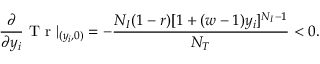
\frac { \partial } { \partial y _ { i } } \mathrm { ~ T ~ r ~ } | _ { ( y _ { i } , 0 ) } = - \frac { N _ { I } ( 1 - r ) [ 1 + ( w - 1 ) y _ { i } ] ^ { N _ { I } - 1 } } { N _ { T } } < 0 .